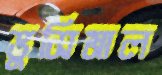
ভুসিমাল